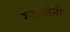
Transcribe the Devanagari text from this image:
रुद्रवर्तनी